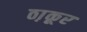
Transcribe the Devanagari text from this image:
ठा़कूर